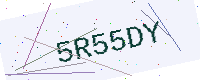
Text: 5R55DY